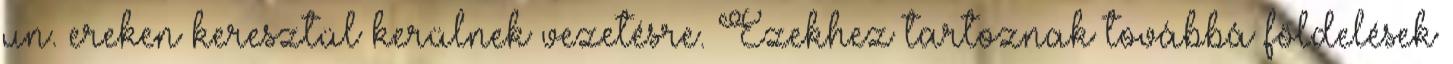
un. ereken keresztül kerülnek vezetésre. Ezekhez tartoznak továbbá földelések